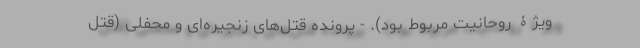
ویژۀ روحانیت مربوط بود). - پرونده‌ قتل‌های زنجیره‌ای و محفلی (قتل